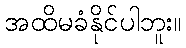
အထိမခံနိုင်ပါဘူး။